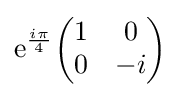
{\rm {e}}^{\frac {i\pi }{4}}{\begin{pmatrix}1&0\\0&-i\end{pmatrix}}